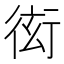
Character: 衒